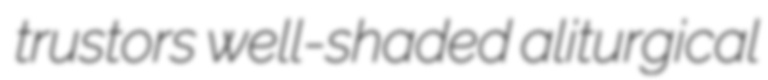
trustors well-shaded aliturgical